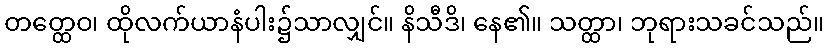
တတ္ထေဝ၊ ထိုလက်ယာနံပါး၌သာလျှင်။ နိသီဒိ၊ နေ၏။ သတ္ထာ၊ ဘုရားသခင်သည်။